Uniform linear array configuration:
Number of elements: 8
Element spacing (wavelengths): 0.75
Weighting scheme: binomial
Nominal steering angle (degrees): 0
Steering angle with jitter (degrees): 1.367
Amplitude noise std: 0.05
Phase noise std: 0.05

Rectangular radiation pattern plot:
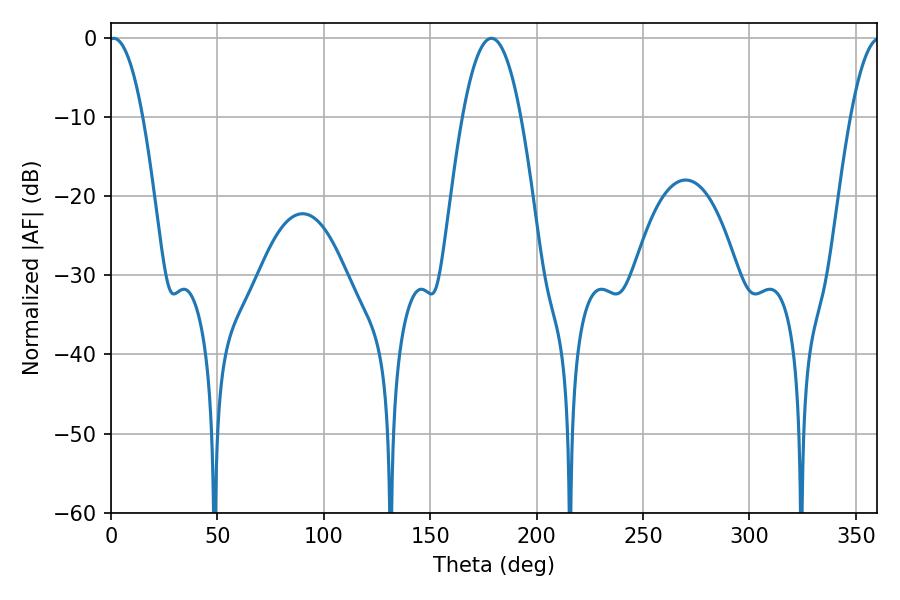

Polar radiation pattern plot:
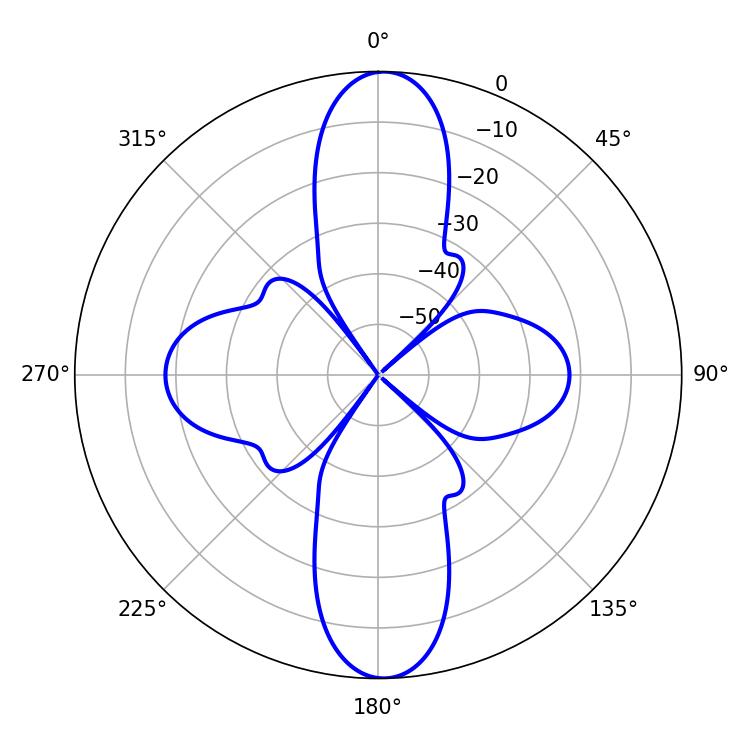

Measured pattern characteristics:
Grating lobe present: TRUE
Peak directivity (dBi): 24.58
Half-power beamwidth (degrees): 8.82
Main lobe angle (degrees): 1.26